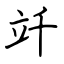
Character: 竏